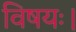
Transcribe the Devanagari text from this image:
विषयः।